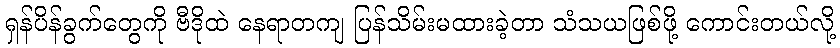
ရှန်ပိန်ခွက်တွေကို ဗီဒိုထဲ နေရာတကျ ပြန်သိမ်းမထားခဲ့တာ သံသယဖြစ်ဖို့ ကောင်းတယ်လို့